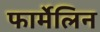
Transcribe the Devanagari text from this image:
फार्मेलिन